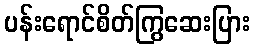
ပန်းရောင်စိတ်ကြွဆေးပြား